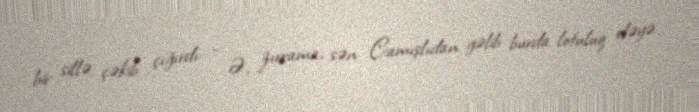
bir sillə çəkib çığırdı: - Ə, zırrama, sən Camışlıdan gəlib burda lotuluq eləyə